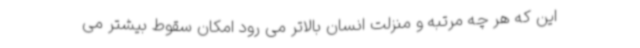
این که هر چه مرتبه و منزلت انسان بالاتر می رود امکان سقوط بیشتر می